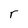
Character: r